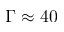
\Gamma \approx 4 0